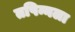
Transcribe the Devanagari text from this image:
तपिन्नला